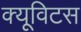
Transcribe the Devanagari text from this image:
क्यूविटस